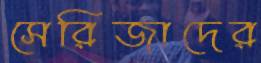
সেরিজাদের